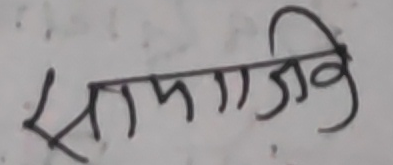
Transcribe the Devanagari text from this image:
सामाजिक